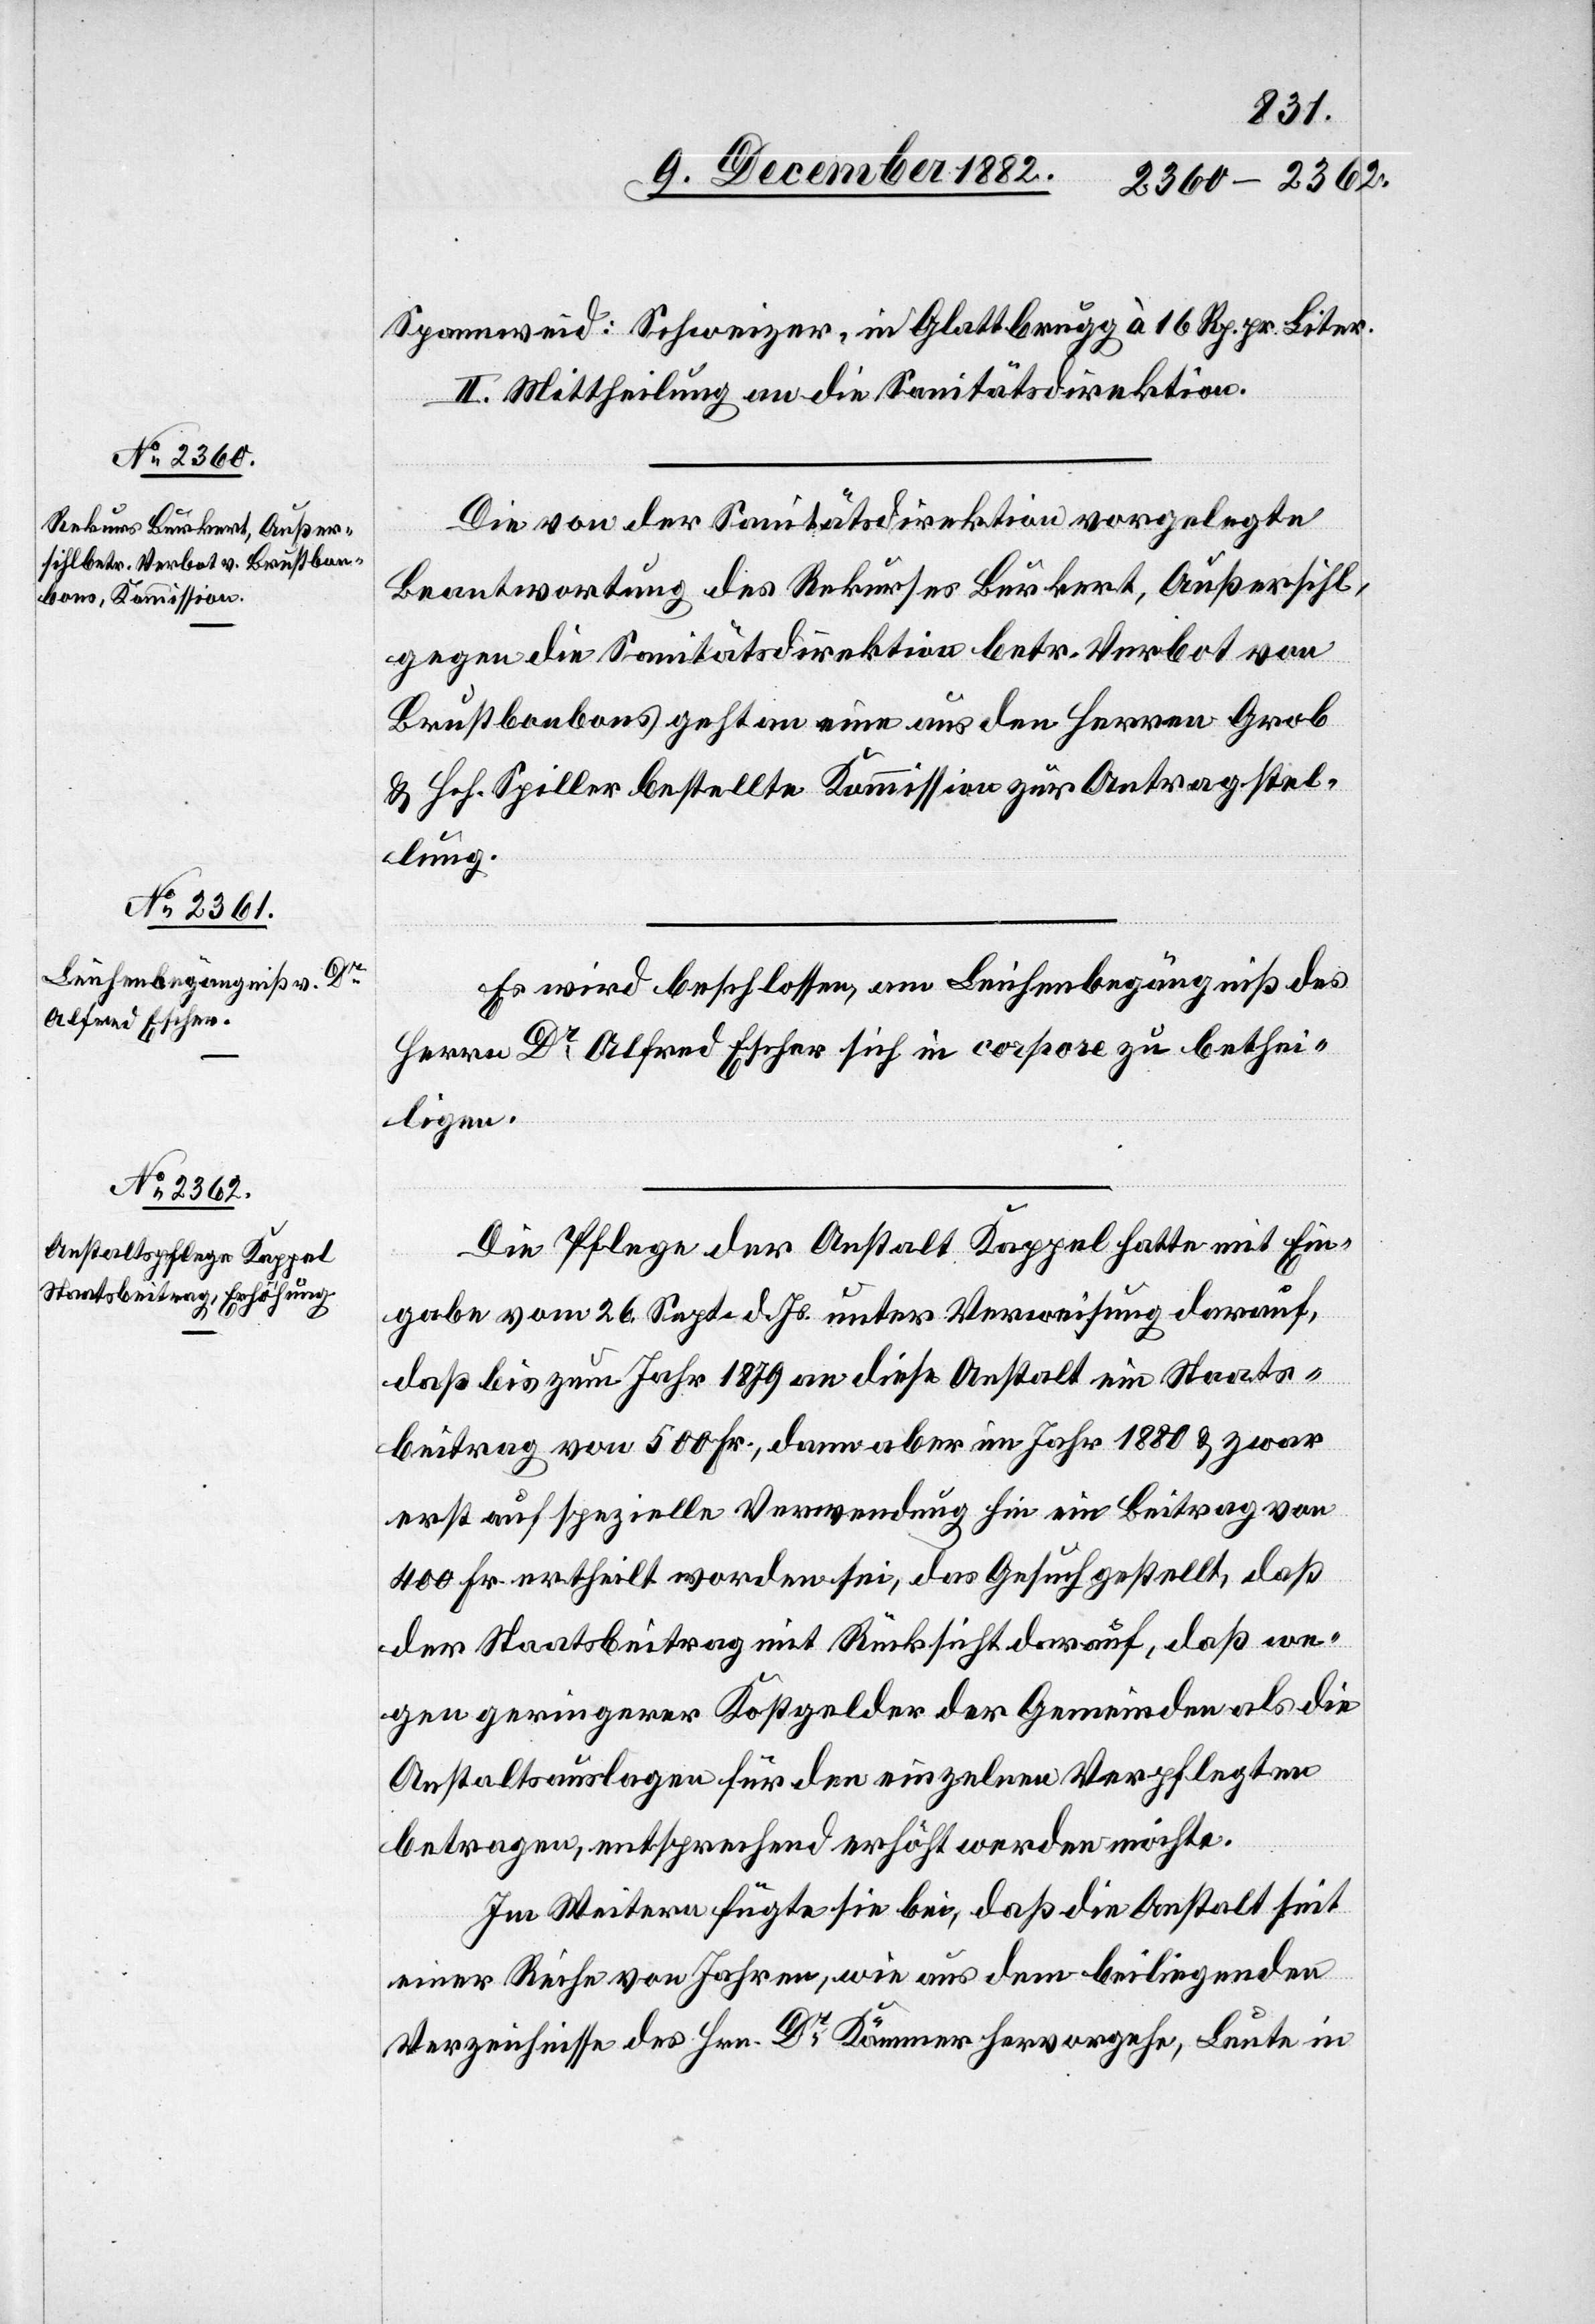
II. Mittheilung an die Sanitätsdirektion.
Die von der Sanitätsdirektion vorgelegte
Beantwortung des Rekurses Burkert, Außersihl,
gegen die Sanitätsdirektion betr. Verbot von
Brustbonbons geht an eine aus den Herren Grob
& Hch. Spiller bestellte Kommission zur Antragstel¬
lung.
Es wird beschlossen, am Leichenbegängniß des
Herrn Dr Alfred Escher sich in corpore zu bethei¬
ligen.
Die Pflege der Anstalt Kappel hatte mit Ein¬
gabe vom 26. Sept. d. Js. unter Verweisung darauf,
daß bis zum Jahr 1879 an diese Anstalt ein Staats¬
beitrag von 500 Fr., dann aber im Jahr 1880 & zwar
erst auf spezielle Verwendung hin ein Beitrag von
400 Fr. ertheilt worden sei, das Gesuch gestellt, daß
der Staatsbeitrag mit Rücksicht darauf, daß we¬
gen geringerer Kostgelder der Gemeinden als die
Anstaltsauslagen für den einzelnen Verpflegten
betragen, entsprechend erhöht werden möchte.
Im Weitern fügte sie bei, daß die Anstalt seit
einer Reihe von Jahren, wie aus dem beiliegenden
Verzeichnisse des Hrn. Dr Kämmer hervorgehe, Leute in